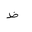
Letter: _za